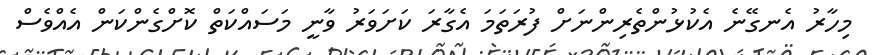
މިހާރު އެނގޭނެ އެކުޅުންތެރިންނަށް ފުރަތަމަ އެގާރަ ކަށަވަރު ވާނީ މަސައްކަތް ކޮށްގެންކަން އެއްވެސް